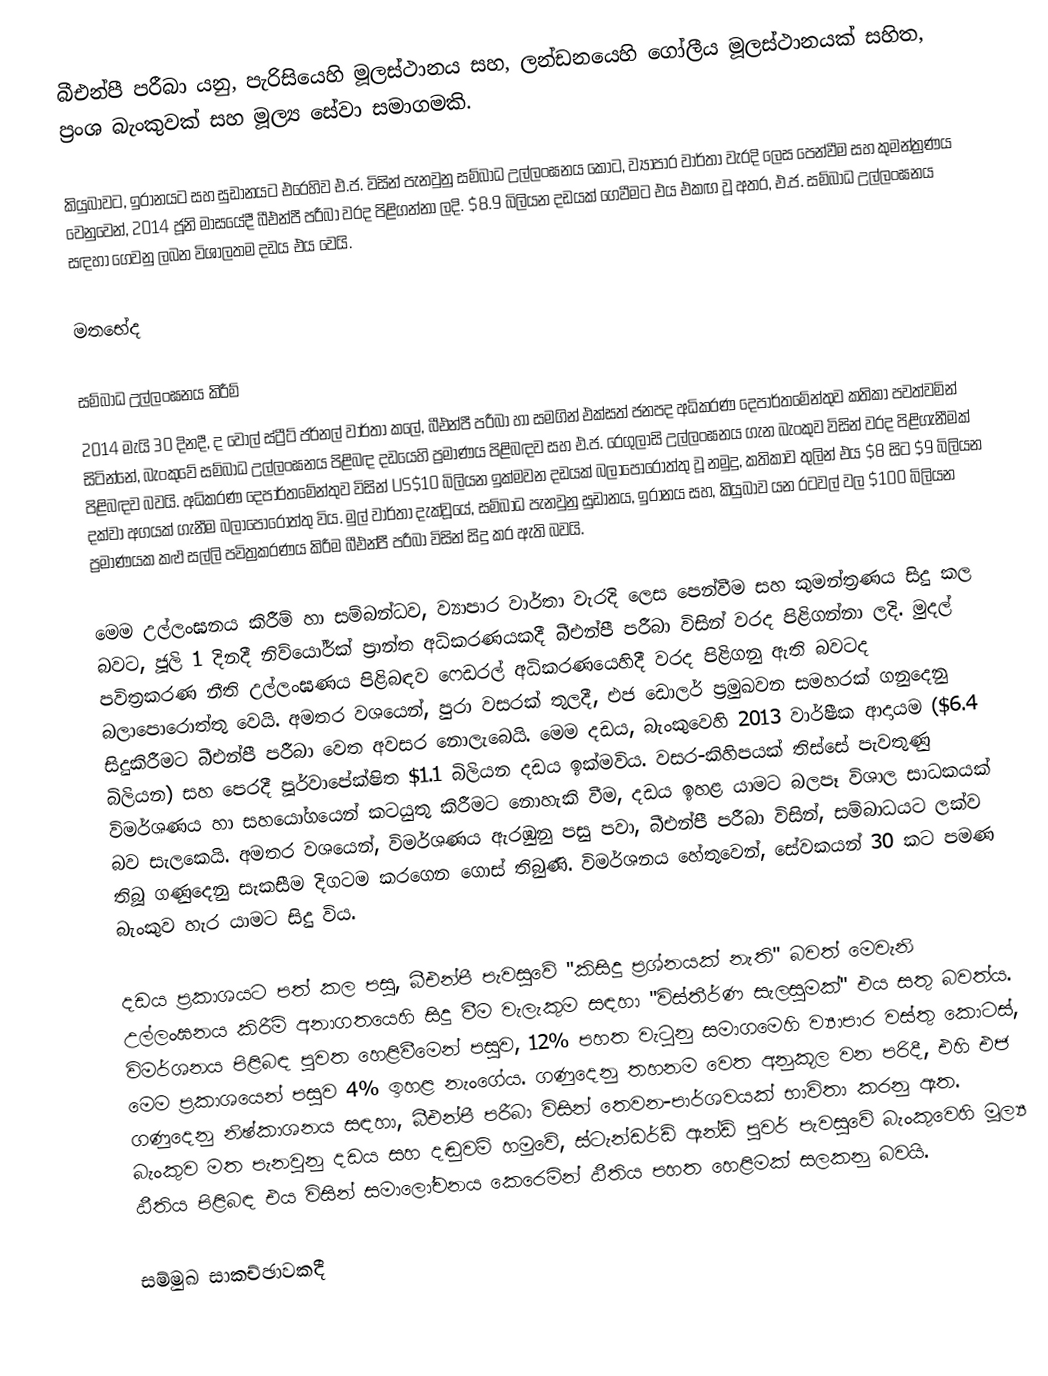
බීඑන්පී පරීබා යනු,  පැරිසියෙහි මූලස්ථානය සහ, ලන්ඩනයෙහි ගෝලීය මූලස්ථානයක් සහිත, ප්‍රංශ  බැංකුවක් සහ මූල්‍ය සේවා සමාගමකි.

කියුබාවට, ඉරානයට සහ සුඩානයට එරෙහිව එ.ජ. විසින් පැනවුනු සම්බාධ උල්ලංඝනය කොට, ව්‍යාපාර වාර්තා වැරදි ලෙස පෙන්වීම සහ කුමන්ත්‍රණය වෙනුවෙන්, 2014 ජූනි මාසයේදී බීඑන්පී පරීබා වරද පිළිගන්නා ලදි. $8.9 බිලියන දඩයක් ගෙවීමට එය එකඟ වූ අතර, එ.ජ. සම්බාධ උල්ලංඝනය සඳහා ගෙවනු ලබන විශාලතම දඩය එය වෙයි.

මතභේද

සම්බාධ උල්ලංඝනය කිරීම්
2014 මැයි 30 දිනදී, ද වෝල් ස්ට්‍රීට් ජර්නල් වාර්තා කලේ,  බීඑන්පී පරීබා හා සමගින් එක්සත් ජනපද අධිකරණ දෙපාර්තමේන්තුව කතිකා පවත්වමින් සිටින්නේ, බැංකුවේ සම්බාධ උල්ලංඝනය පිළිබඳ දඩයෙහි ප්‍රමාණය පිළිබඳව සහ එ.ජ. රෙගුලාසි උල්ලංඝනය ගැන බැංකුව විසින් වරද පිළිගැනීමක් පිළිබඳව බවයි.  අධිකරණ දෙපාර්තමේන්තුව විසින් US$10 බිලියන ඉක්මවන දඩයක් බලාපොරොත්තු වූ නමුදු, කතිකාව තුලින් එය $8 සිට $9 බිලියන දක්වා අගයක් ගැනීම බලාපොරොත්තු විය.   මුල් වාර්තා දැක්වූයේ, සම්බාධ පැනවුනු සුඩානය, ඉරානය සහ,  කියුබාව යන රටවල් වල $100 බිලියන ප්‍රමාණයක  කළු සල්ලි පවිත්‍රකරණය කිරීම බීඑන්පී පරීබා විසින් සිදු කර ඇති බවයි.

මෙම උල්ලංඝනය කිරීම් හා සම්බන්ධව, ව්‍යාපාර වාර්තා වැරදි ලෙස පෙන්වීම සහ කුමන්ත්‍රණය සිදු කල බවට, ජූලි 1 දිනදී නිව්යෝර්ක් ප්‍රාන්ත අධිකරණයකදී  බීඑන්පී පරීබා විසින් වරද පිළිගන්නා ලදි. මුදල් පවිත්‍රකරණ නීති උල්ලංඝණය පිළිබඳව ෆෙඩරල් අධිකරණයෙහිදී වරද පිළිගනු ඇති බවටද බලාපොරොත්තු වෙයි.  අමතර වශයෙන්, පුරා වසරක් තුලදී, එජ ඩොලර් ප්‍රමුඛවන සමහරක් ගනුදෙනු සිදුකිරීමට බීඑන්පී පරීබා වෙත අවසර නොලැබෙයි.  මෙම දඩය, බැංකුවෙහි  2013 වාර්ෂීක ආදායම ($6.4 බිලියන) සහ පෙරදී පූර්වාපේක්ෂිත $1.1 බිලියන දඩය ඉක්මවිය.   වසර-කිහිපයක් තිස්සේ පැවතුණු විමර්ශණය හා සහයෝගයෙන් කටයුතු කිරීමට නොහැකි වීම, දඩය ඉහළ යාමට බලපෑ විශාල සාධකයක් බව සැලකෙයි.  අමතර වශයෙන්, විමර්ශණය ඇරඹුනු පසු පවා, බීඑන්පී පරීබා විසින්, සම්බාධයට ලක්ව තිබූ ගණුදෙනු සැකසීම දිගටම කරගෙන ගොස් තිබුණි. විමර්ශනය හේතුවෙන්, සේවකයන් 30 කට පමණ බැංකුව හැර යාමට සිදු විය.

දඩය ප්‍රකාශයට පත් කල පසු, බීඑන්පී පැවසුවේ "කිසිදු ප්‍රශ්නයක් නැති" බවත් මෙවැනි උල්ලංඝනය කිරීම් අනාගතයෙහි සිදු වීම වැලැකුම සඳහා "විස්තීර්ණ සැලසුමක්" එය සතු බවත්ය.  විමර්ශනය පිළිබඳ පුවත හෙළිවීමෙන් පසුව,  12% පහත වැටුනු සමාගමෙහි ව්‍යාපාර වස්තු කොටස්, මෙම ප්‍රකාශයෙන් පසුව 4% ඉහළ නැංගේය.   ගණුදෙනු තහනම වෙත අනුකූල වන පරිදී, එහි එජ ගණුදෙනු නිෂ්කාශනය සඳහා, බීඑන්පී පරීබා විසින් තෙවන-පාර්ශවයක් භාවිතා කරනු ඇත. බැංකුව මත පැනවුනු දඩය සහ දඬුවම් හමුවේ, ස්ටැන්ඩර්ඩ් ඇන්ඩ් පුවර් පැවසුවේ බැංකුවෙහි මූල්‍ය ඨීතිය පිළිබඳ එය විසින් සමාලෝචනය කෙරෙමින් ඨීතිය පහත හෙළිමක් සලකනු බවයි.

සම්මුඛ සාකච්ඡාවකදී